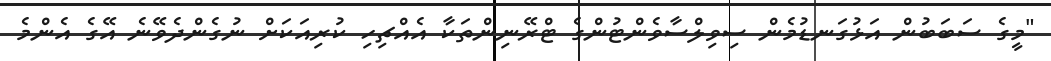
"މީގެ ސަބަބުން އަޅުގަނޑުމެން ސިވިލްސާވެންޓުންގެ ޓްރޭނިންތަކާ އެއްޗިހި ކުރިއަކަށް ނުގެންދެވޭނެ އޭގެ އެންމެ